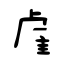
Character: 雐